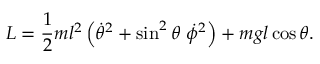
L = { \frac { 1 } { 2 } } m l ^ { 2 } \left( { \dot { \theta } } ^ { 2 } + \sin ^ { 2 } \theta \ { \dot { \phi } } ^ { 2 } \right) + m g l \cos \theta .